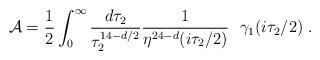
LaTeX: \begin{align*} {\cal A}= {1\over2}\int_0^\infty {d\tau_2 \over\tau_2^{14- d /2}} {1\over \eta^{24-d }(i\tau_2/ 2)}~~\gamma_1 (i \tau_2 / 2) \ .\end{align*}